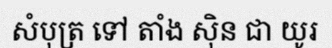
សំបុត្រ ទៅ តាំង ស៊ិន ជា យូរ